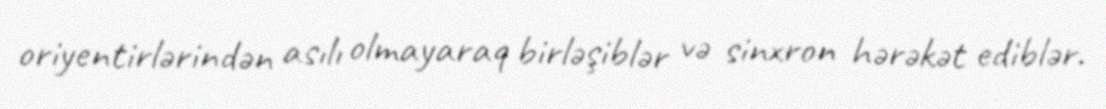
oriyentirlərindən asılı olmayaraq birləşiblər və sinxron hərəkət ediblər.